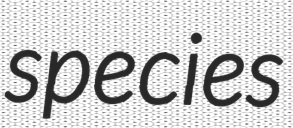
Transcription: species